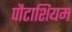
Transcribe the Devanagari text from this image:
पौटाशियम